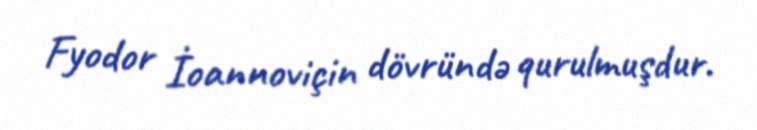
Fyodor İoannoviçin dövründə qurulmuşdur.